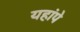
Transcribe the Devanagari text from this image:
यहांपे